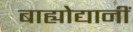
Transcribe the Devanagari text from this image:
बाह्योद्यानीं